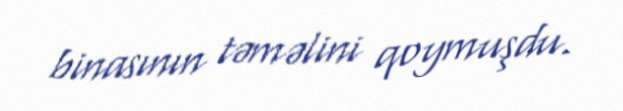
binasının təməlini qoymuşdu.